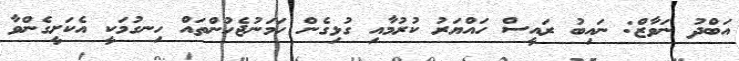
އަބްދު ނަވާޒް: ނައިބު ރައީސް ހައްޔަރު ކުރުމާއި ގުޅިގެން ހަމަނުޖެހުންތައް ހިނގުމަކީ އެކަށީގެންވާ